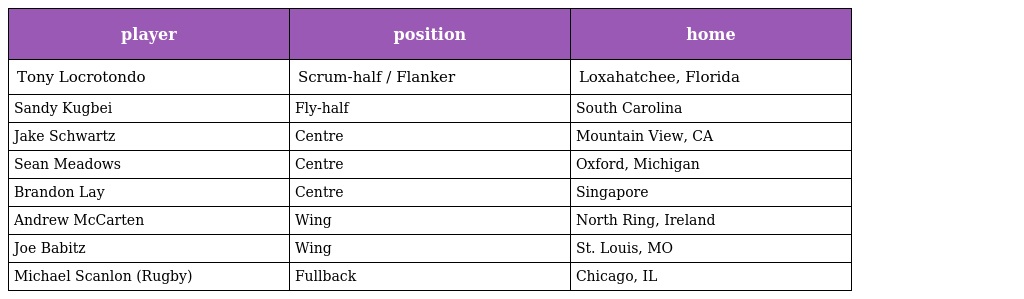
| player | position | home |
 | --- | --- | --- |
 | Tony Locrotondo | Scrum-half / Flanker | Loxahatchee, Florida |
 | Sandy Kugbei | Fly-half | South Carolina |
 | Jake Schwartz | Centre | Mountain View, CA |
 | Sean Meadows | Centre | Oxford, Michigan |
 | Brandon Lay | Centre | Singapore |
 | Andrew McCarten | Wing | North Ring, Ireland |
 | Joe Babitz | Wing | St. Louis, MO |
 | Michael Scanlon (Rugby) | Fullback | Chicago, IL |